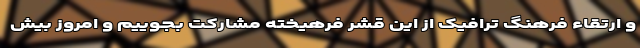
و ارتقاء فرهنگ ترافیک از این قشر فرهیخته مشارکت بجوییم و امروز بیش